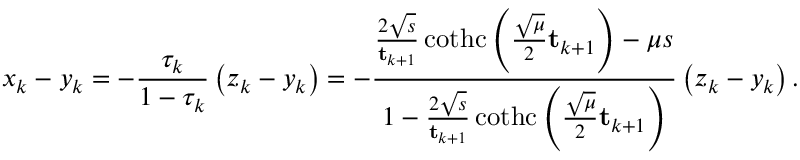
x _ { k } - y _ { k } = - \frac { \tau _ { k } } { 1 - \tau _ { k } } \left( z _ { k } - y _ { k } \right) = - \frac { \frac { 2 \sqrt { s } } { \mathbf { t } _ { k + 1 } } \operatorname { c o t h c } \left( \frac { \sqrt { \mu } } { 2 } \mathbf { t } _ { k + 1 } \right) - \mu s } { 1 - \frac { 2 \sqrt { s } } { \mathbf { t } _ { k + 1 } } \operatorname { c o t h c } \left( \frac { \sqrt { \mu } } { 2 } \mathbf { t } _ { k + 1 } \right) } \left( z _ { k } - y _ { k } \right) .